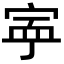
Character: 𡨴